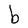
Character: b